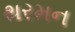
થરમન